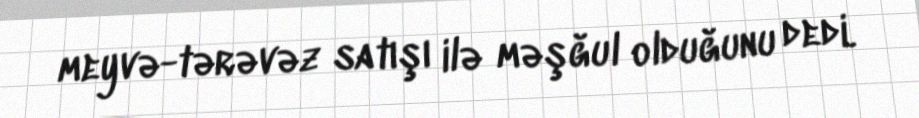
meyvə-tərəvəz satışı ilə məşğul olduğunu dedi.